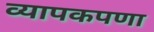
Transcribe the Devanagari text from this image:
व्यापकपणा